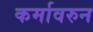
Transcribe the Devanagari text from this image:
कर्मावरुन